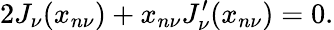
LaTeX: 2J_{\nu}(x_{n\nu})+x_{n\nu}J_{\nu}^{\prime}(x_{n\nu})=0.